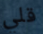
قلي